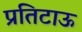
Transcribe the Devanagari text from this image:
प्रतिटाऊ